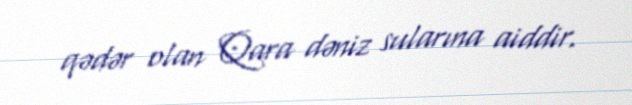
qədər olan Qara dəniz sularına aiddir.